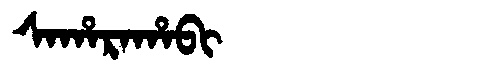
Manchu: ᠰᠠᡥᠠᡵᠠᡥᠠᠪᡳ
Romanization: SAHARAHABI